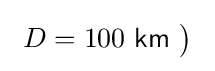
\ D=100\ {\mathsf {km}}\ {\big )}~